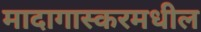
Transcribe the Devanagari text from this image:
मादागास्करमधील